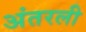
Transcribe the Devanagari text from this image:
अंतरली